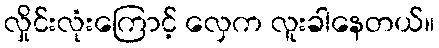
လှိုင်းလုံးကြောင့် လှေက လူးခါနေတယ်။